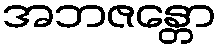
အဘဇန္တော